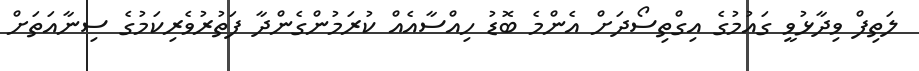
ލަތިފް ވިދާޅުވީ ގައުމުގެ އިގްތިސޯދަށް އެންމެ ބޮޑު ހިއްސާއެއް ކުރަމުންގެންދާ ފަތުރުވެރިކަމުގެ ސިނާއަތަށް